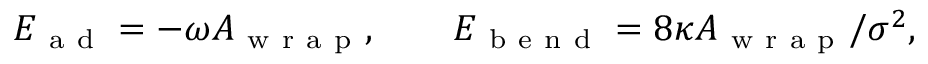
E _ { \mathrm { ~ a ~ d ~ } } = - \omega A _ { \mathrm { ~ w ~ r ~ a ~ p ~ } } , \quad \quad E _ { \mathrm { ~ b ~ e ~ n ~ d ~ } } = 8 \kappa A _ { \mathrm { ~ w ~ r ~ a ~ p ~ } } / \sigma ^ { 2 } ,